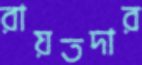
রায়তদার